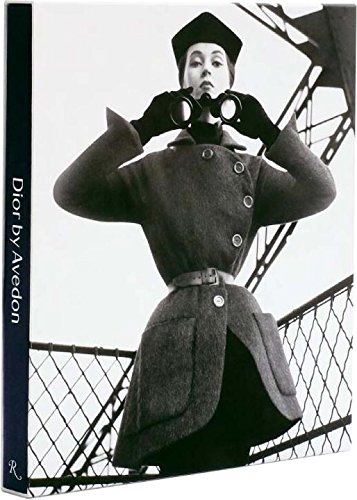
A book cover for Dior by Avedon; Justine Pidardie; Humor & Entertainment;